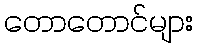
တောတောင်များ